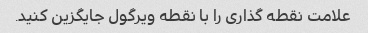
علامت نقطه گذاری را با نقطه ویرگول جایگزین کنید.